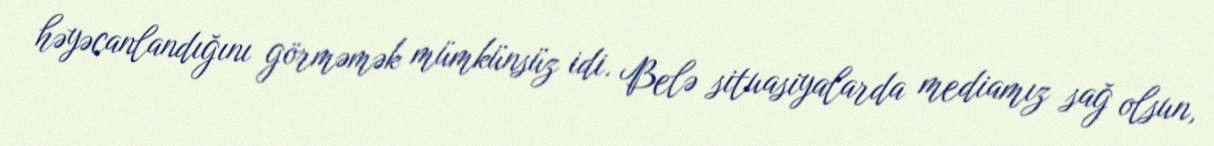
həyəcanlandığını görməmək mümkünsüz idi. Belə situasiyalarda mediamız sağ olsun,